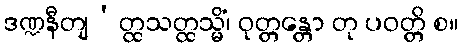
ဒဏ္ဍနီတျ’တ္ထသတ္ထသ္မိံ၊ ဝုတ္တန္တော တု ပဝတ္တိ စ။